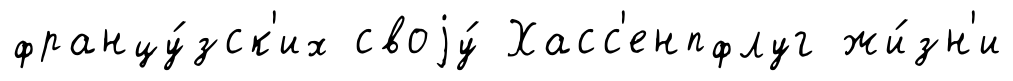
францу́зск'их своjу́ Хасс'енпфлуг жи́зн'и